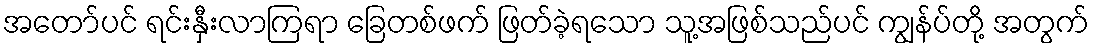
အတော်ပင် ရင်းနှီးလာကြရာ ခြေတစ်ဖက် ဖြတ်ခဲ့ရသော သူ့အဖြစ်သည်ပင် ကျွန်ပ်တို့ အတွက်